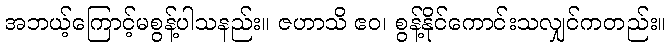
အဘယ့်ကြောင့်မစွန့်ပါသနည်း။ ဇဟာသိ ဧဝ၊ စွန့်နိုင်ကောင်းသလျှင်ကတည်း။